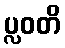
ပ္လဝတိ